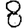
Digit: 8